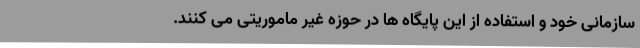
سازمانی خود و استفاده از این پایگاه ها در حوزه غیر ماموریتی می کنند.